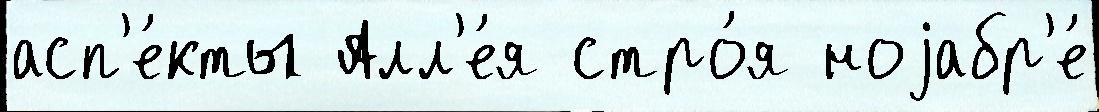
асп'е́кты Алл'е́я стро́я ноjабр'е́